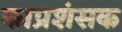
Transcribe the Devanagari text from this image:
काप्रशंसक